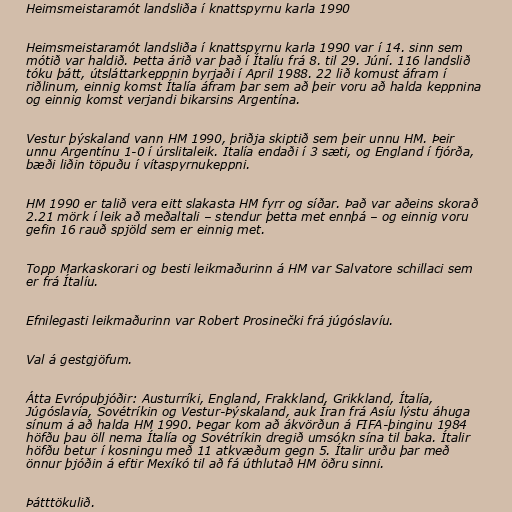
Heimsmeistaramót landsliða í knattspyrnu karla 1990

Heimsmeistaramót landsliða í knattspyrnu karla 1990 var í 14. sinn sem
mótið var haldið. Þetta árið var það í Ítalíu frá 8. til 29. Júní. 116 landslið
tóku þátt, útsláttarkeppnin byrjaði í April 1988. 22 lið komust áfram í
riðlinum, einnig komst Ítalía áfram þar sem að þeir voru að halda keppnina
og einnig komst verjandi bikarsins Argentína.

Vestur þýskaland vann HM 1990, þriðja skiptið sem þeir unnu HM. Þeir
unnu Argentínu 1-0 í úrslitaleik. Italía endaði í 3 sæti, og England í fjórða,
bæði liðin töpuðu í vítaspyrnukeppni.

HM 1990 er talið vera eitt slakasta HM fyrr og síðar. Það var aðeins skorað
2.21 mörk í leik að meðaltali – stendur þetta met ennþá – og einnig voru
gefin 16 rauð spjöld sem er einnig met.

Topp Markaskorari og besti leikmaðurinn á HM var Salvatore schillaci sem
er frá Ítalíu.

Efnilegasti leikmaðurinn var Robert Prosinečki frá júgóslavíu.

Val á gestgjöfum.

Átta Evrópuþjóðir: Austurríki, England, Frakkland, Grikkland, Ítalía,
Júgóslavía, Sovétríkin og Vestur-Þýskaland, auk Íran frá Asíu lýstu áhuga
sínum á að halda HM 1990. Þegar kom að ákvörðun á FIFA-þinginu 1984
höfðu þau öll nema Ítalía og Sovétríkin dregið umsókn sína til baka. Ítalir
höfðu betur í kosningu með 11 atkvæðum gegn 5. Ítalir urðu þar með
önnur þjóðin á eftir Mexíkó til að fá úthlutað HM öðru sinni.

Þátttökulið.